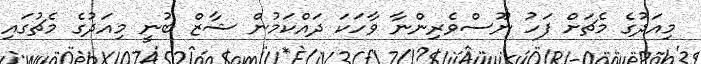
މިއަދުގެ މެޗަށް ފަހު ނޫސްވެރިންނާ ވާހަކަ ދައްކަމުން ޝާޒް ބުނީ މިއަދުގެ މެޗުގައި